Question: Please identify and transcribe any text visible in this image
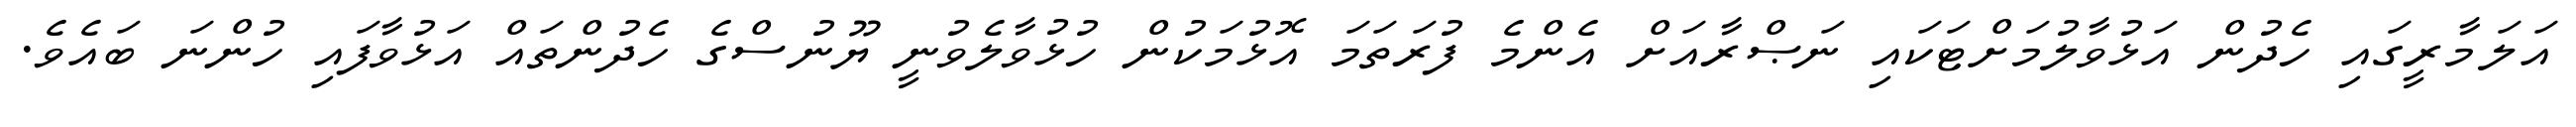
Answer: އަލަމާރީގައި ހެދުން އަޅުވާލުމަށްޓަކައި ނަޞްރާއަށް އެންމެ ފުރަތަމަ އޮޅުމަކުން ހުޅުވާލެވުނީ ޔޫނުސްގެ ހެދުންތައް އަޅުވާފައި ހުންނަ ބައެވެ.